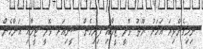
ނިމިގެންދިޔަ އަހަރު ޔޫތު ވޮލީ ޓީމާއި ފިރިހެން ސީނިއަރ ވޮލީ ޓީމާއި އަންހެން